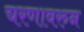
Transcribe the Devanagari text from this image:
चरणावरुन